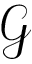
\mathcal { G }